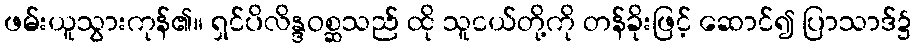
ဖမ်းယူသွားကုန်၏။ ရှင်ပိလိန္ဒဝစ္ဆသည် ထို သူငယ်တို့ကို တန်ခိုးဖြင့် ဆောင်၍ ပြာသာဒ်၌